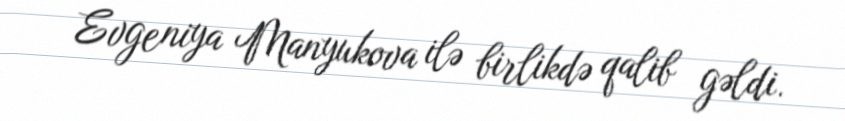
Evgeniya Manyukova ilə birlikdə qalib gəldi.